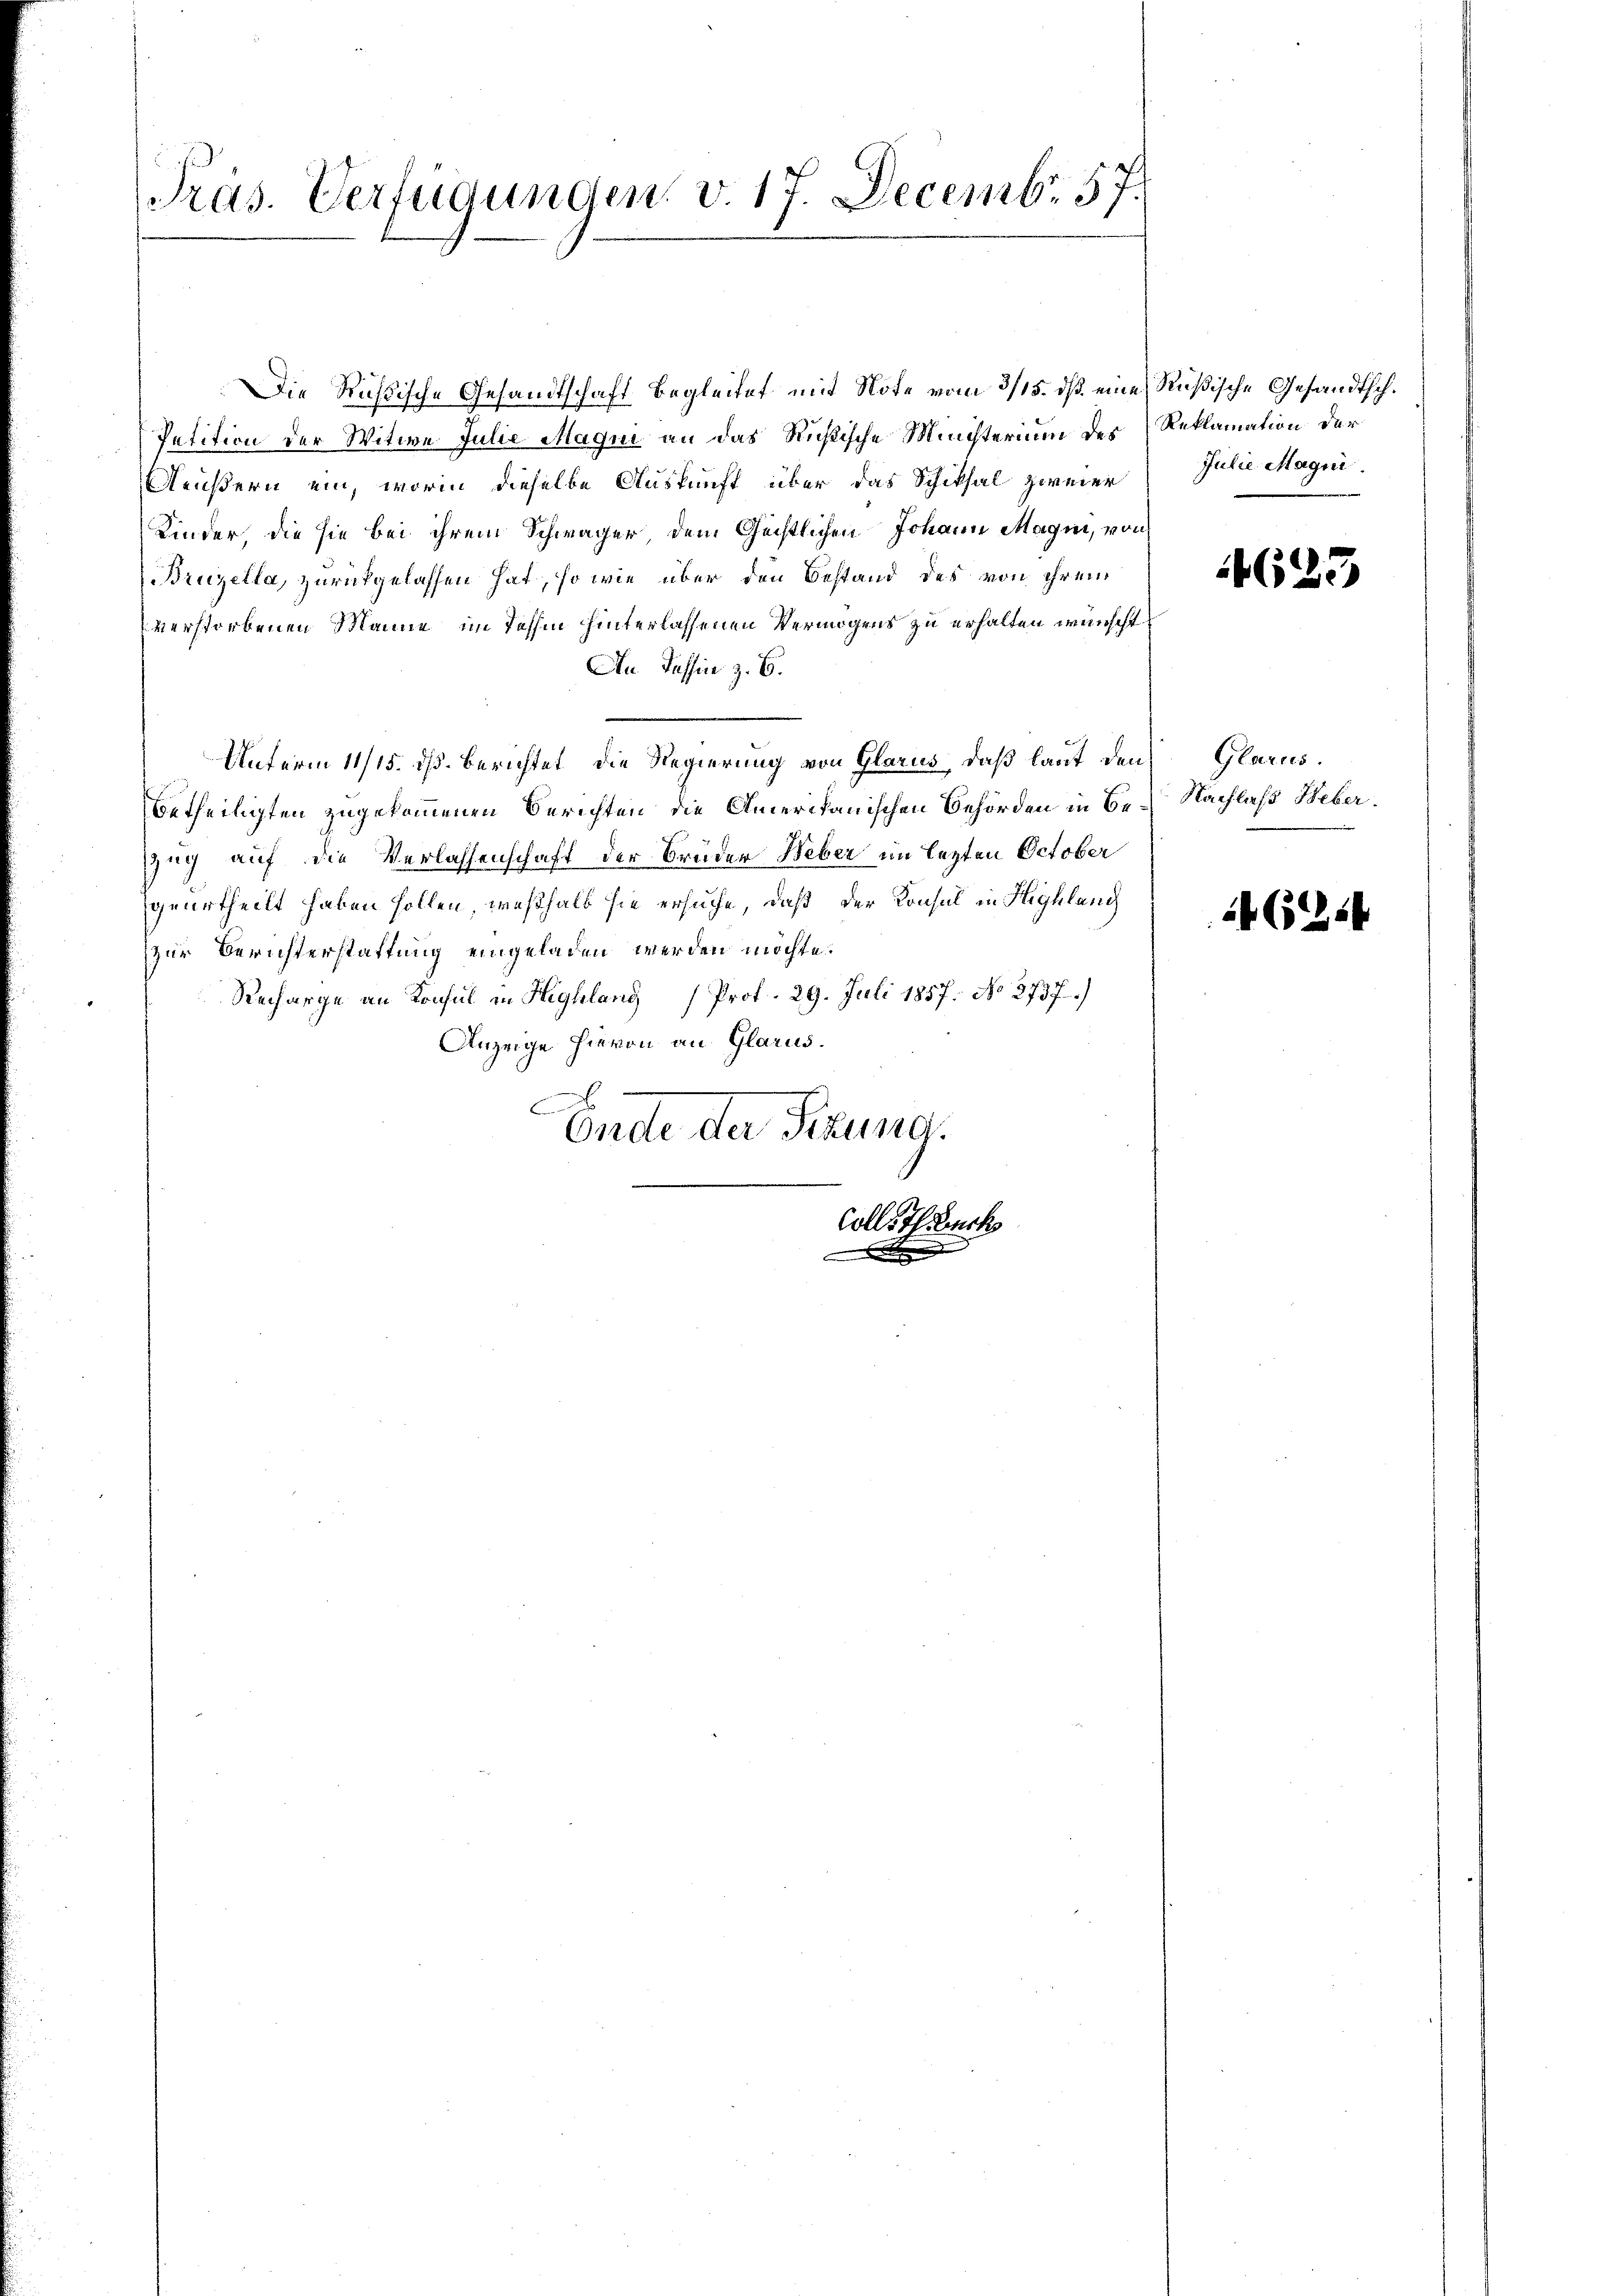
Pras. Verfügungen v. 17. Decembr. 57.

Die Rußische Gesandtschaft begleitet mit Note vom 3/15. ds. eine Rußische Gesandtsch.
Petition der Witwe Julie Magni an das Ristische Ministerium des (Reklamation der
äußern ein, worin dieselbe Auskunft über das Schiksal zweier
Kinder, die sie bei ihrem Schwager, dem Geistlichen Johann Magen, von
Bruzella, zurückgelassen hat, so wie über den Bestand des von ihrem
verstorbenen Manne im Jahhin hinterlassenen Vermögens zu erhalten wünscht
An Tessin z. B.
Unterm 11/15. ds. berichtet die Regierung von Glarus, daß laut den Glarus.
betheiligten zugekommenen Berichten die Amerikanischen Behörden in Be- Nachlaß Weberzzug auf die Verlassenschaft der Brüder Weber im lezten October
geurtheilt haben sollen, weßhalb sie ersuche, daß der Konsul in Highlang
zur Berichterstattung eingeladen werden möchte.
Recharge an Konsul in Highlang (Prot. 29. Juli 1857. No 2737)
Anzeige hievon an Glarus.
Endte der Firung.
Colle. Teuch

Julie Magn.

4623

14 (1254